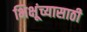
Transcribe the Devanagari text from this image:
भिक्षूंच्यासाठी